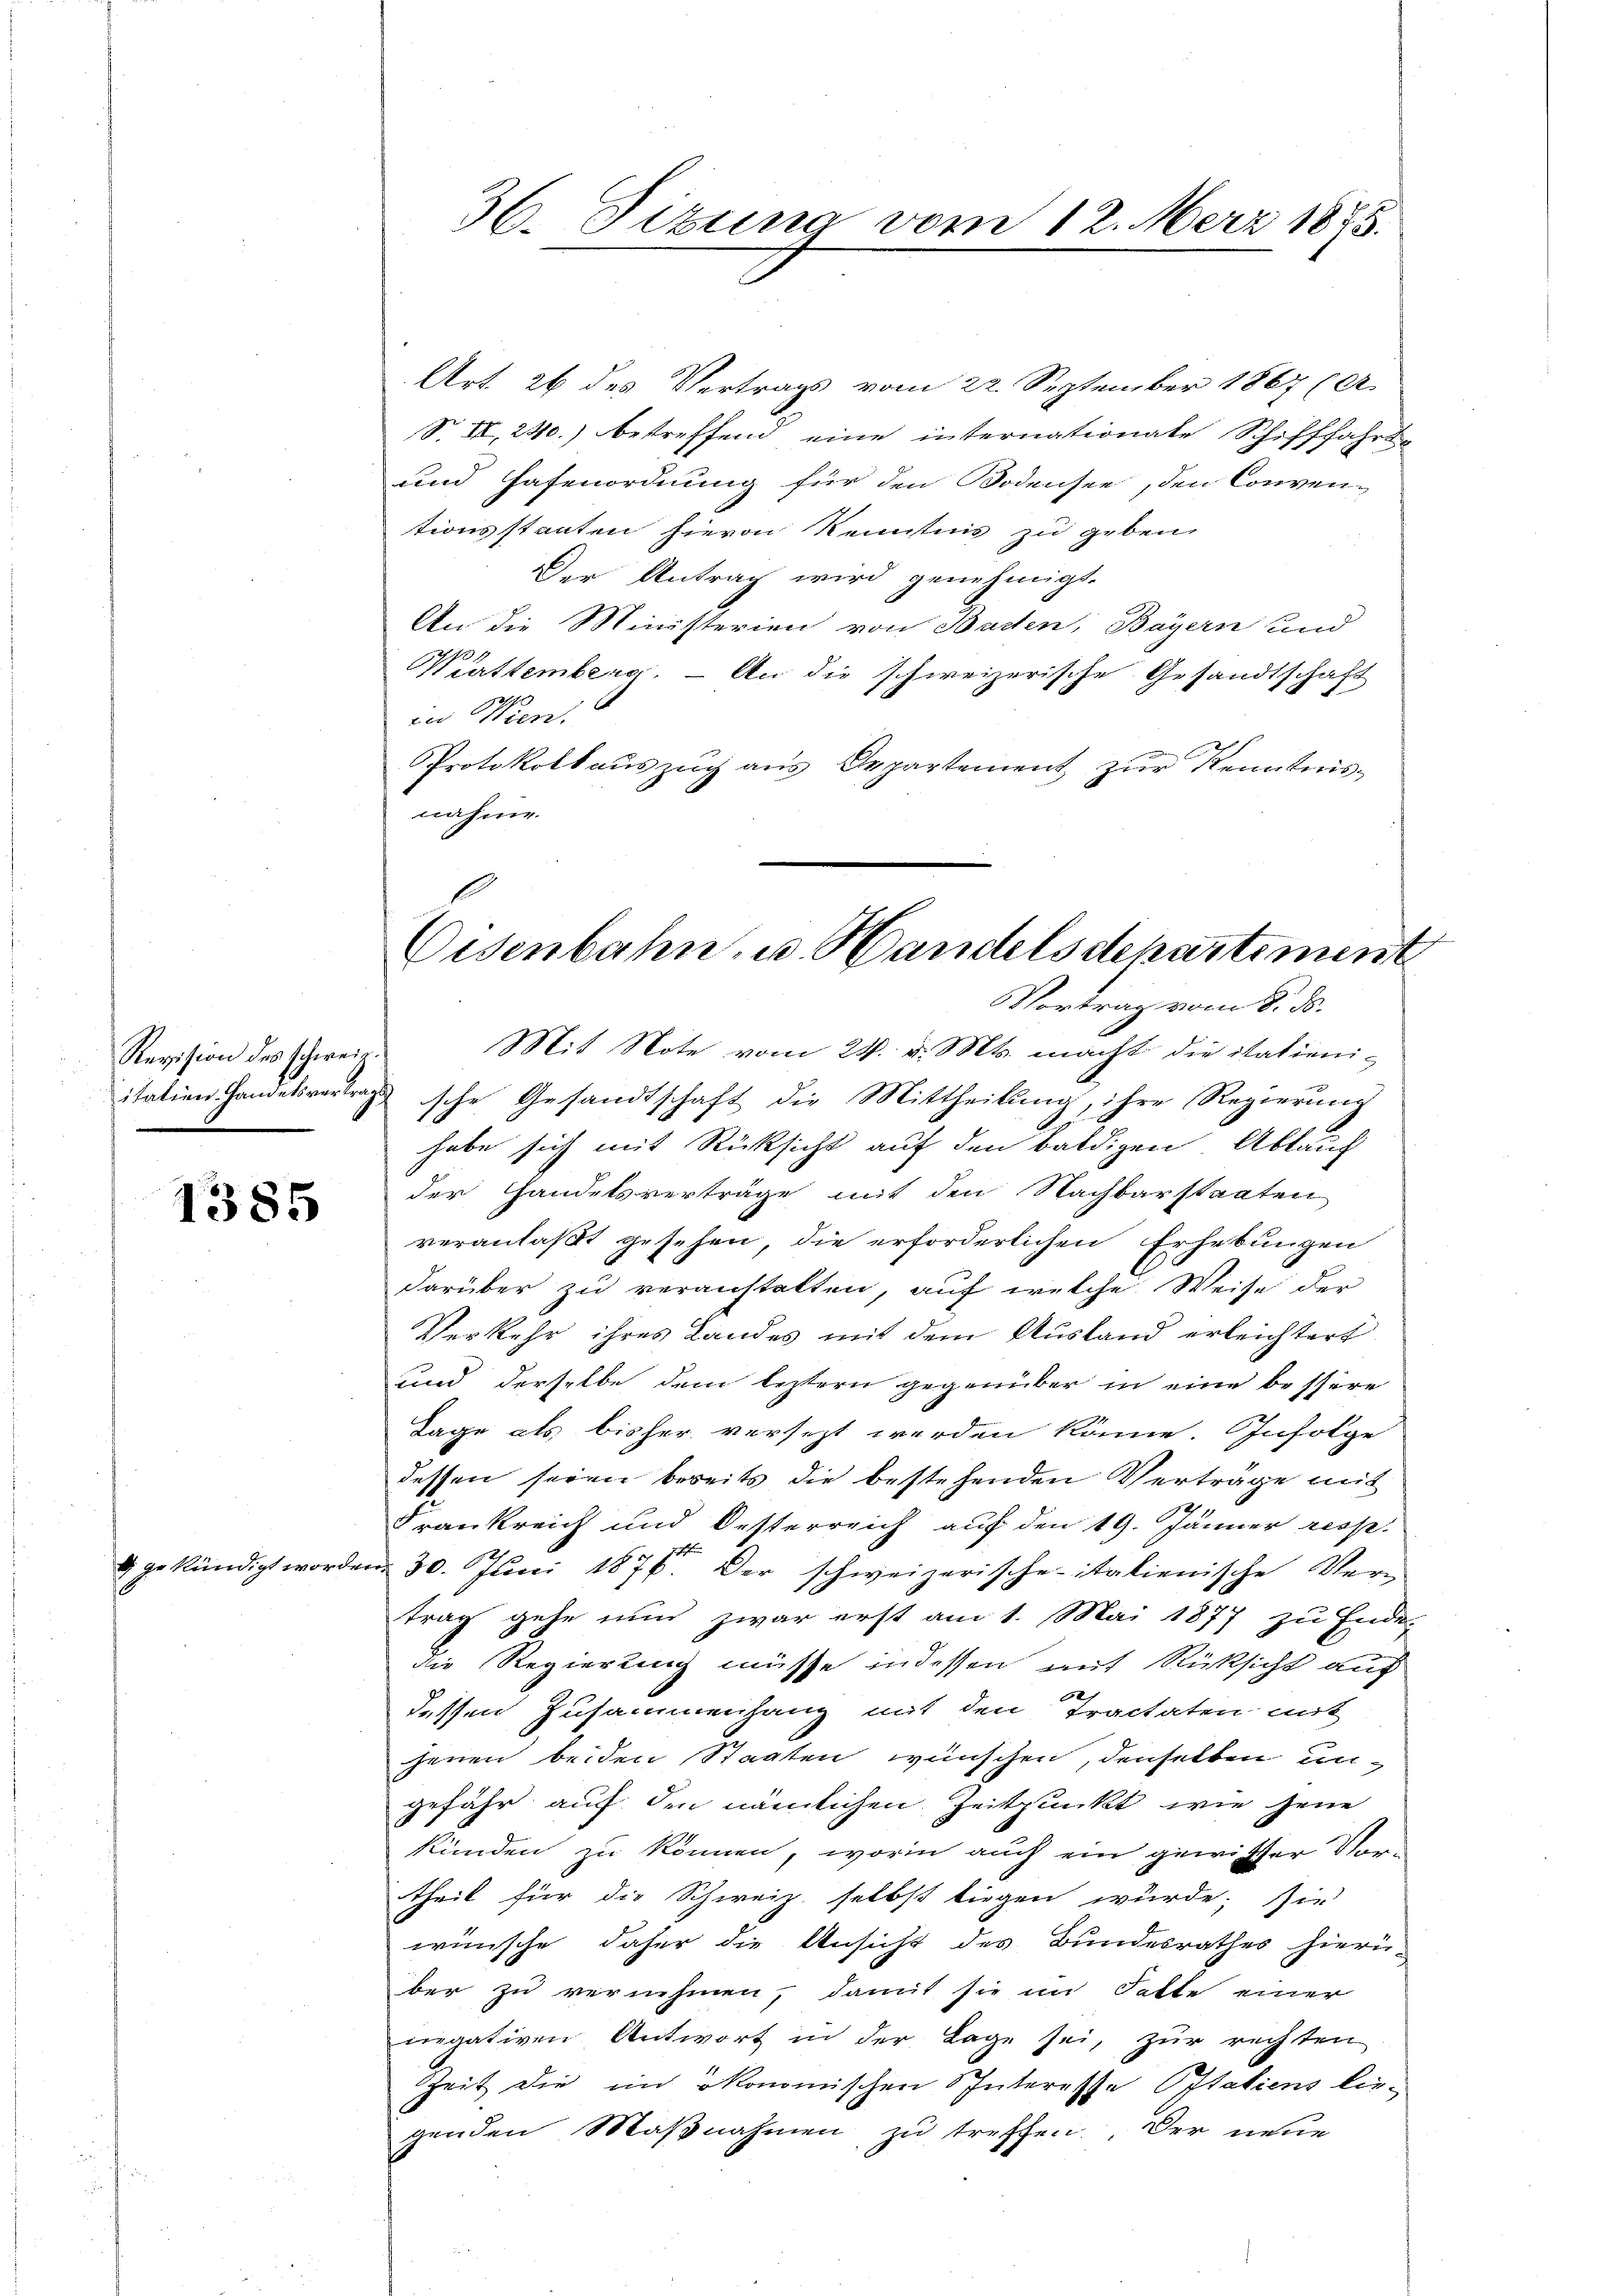
Revision des schweiz.

gekündigt worden.

1385

36. Sitzung vom 12. März 1875.

Art. 26 des Vertrags vom 22. September 1867 (A
S. II, 240.) betreffend eine internationale Schifffahrts-
und Hafenordnung für den Bodensee, den Conven-
tionsstanten hievon Kenntnis zu geben,
Der Antrag wird genehmigt.
An die Ministerien von Baden, Bayern und
Württemberg. – An die schweizerische Gesandtschaft
in Wien.
PProtokoll aŭszŭg aŭs Departement zŭr Kenntnis-
nahme.
Vortrag vom 8. ds.
Mit Note vom 24. v. Mts. macht die italieniitation Handelsvertrag sche Gesandtschaft die Mittheilung, ihre Regierung
habe sich mit Rücksicht auf den baldigen Ablauf
der Handelsverträge mit den Nachbarstaaten
veranlaßt gesehen, die erforderlichen Erhebungen
darüber zu veranstalten, auf welche Weise der
Verkehr ihres Landes mit dem Ausland erleichtert
und derselbe dem leztern gegenüber in eine bessere
Tage als bisher versezt werden könne. Infolge
dessen seien bereits die bestehenden Verträge mit
2
Frankreich und Oesterreich auf den 19. Jänner resp.
i 30. Juni 1876. Der schweizerischeitalienische Vertrag gehe nun zwar erst am 1. Mai 1877 zu Ende
die Regierung müsse indessen mit Rücksicht auf
60
dessen Zusammenhang mit den Tractaten mit
jenen beiden Staaten wünschen, denselben ungefähr auf den nämlichen Zeitpunkt wie jene
künden zu können, worin auch ein gewisser Vor-
theil für die Schweiz selbst liegen wurde; sie
wünsche daher die Ansicht des Bundesrathes hierü-
ber zu vernehmen, damit sie im Fatte einer
negativen Antwort in der Lage sei, zur rechten
Zeit die in ökonomischen Sputeresse Italiens liegenden Maβnahmen zu treffen. Der neue

Eisenbahn, u. Handelsdepartement

x